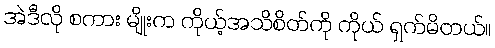
အဲဒီလို စကား မျိုးက ကိုယ့်အသိစိတ်ကို ကိုယ် ရှက်မိတယ်။